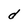
Character: d